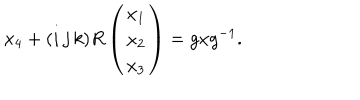
LaTeX: x _ { 4 } + ( i \, j \, k ) R \left( \begin{array} { c } { { x _ { 1 } } } \\ { { x _ { 2 } } } \\ { { x _ { 3 } } } \\ \end{array} \right) = g x g ^ { - 1 } .